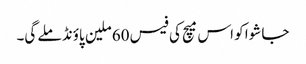
جا شوا کو اس میچ کی فیس 60 ملین پاؤنڈ ملے گی۔